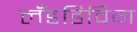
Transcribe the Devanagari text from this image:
लँडडिविग